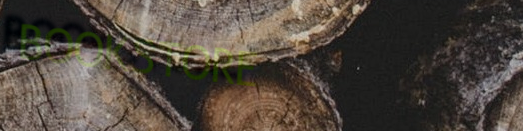
BOOKSTORE